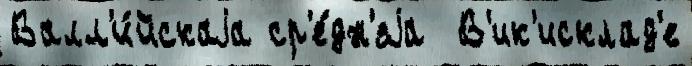
Валл'и́йскаjа ср'е́дн'яjа  В'ик'исклад'е